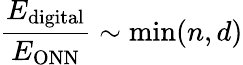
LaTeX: \frac{E_{\mathrm{digital}}}{E_{\mathrm{ONN}}}\sim\textrm{min}(n,d)